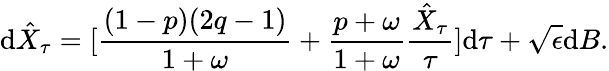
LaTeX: \textrm{d}\hat{X}_{\tau}=[\frac{(1-p)(2q-1)}{1+\omega}+\frac{p+\omega}{1+\omega}\frac{\hat{X}_{\tau}}{\tau}]\textrm{d}\tau+\sqrt{\epsilon}\textrm{d}B.